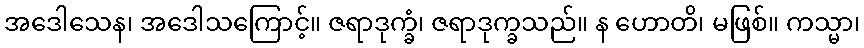
အဒေါသေန၊ အဒေါသကြောင့်။ ဇရာဒုက္ခံ၊ ဇရာဒုက္ခသည်။ န ဟောတိ၊ မဖြစ်။ ကသ္မာ၊